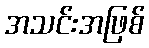
အသင်းအဖြစ်